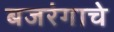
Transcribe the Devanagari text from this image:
बजरंगाचे